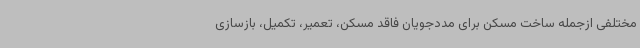
مختلفی ازجمله ساخت مسکن برای مددجویان فاقد مسکن، تعمیر، تکمیل، بازسازی